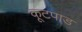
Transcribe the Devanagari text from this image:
कूटपाड